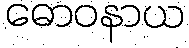
ဓောဝနာယ